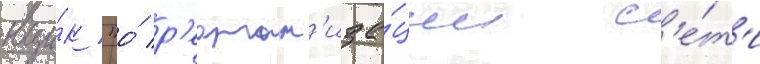
вци́к "о́ р'еорган'иза́ции с'е́т'и